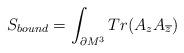
LaTeX: \begin{align*}S_{bound}= \int_{\partial M^3} Tr(A_z A_{\overline{z}})\end{align*}